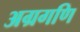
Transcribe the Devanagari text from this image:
अग्रगणि